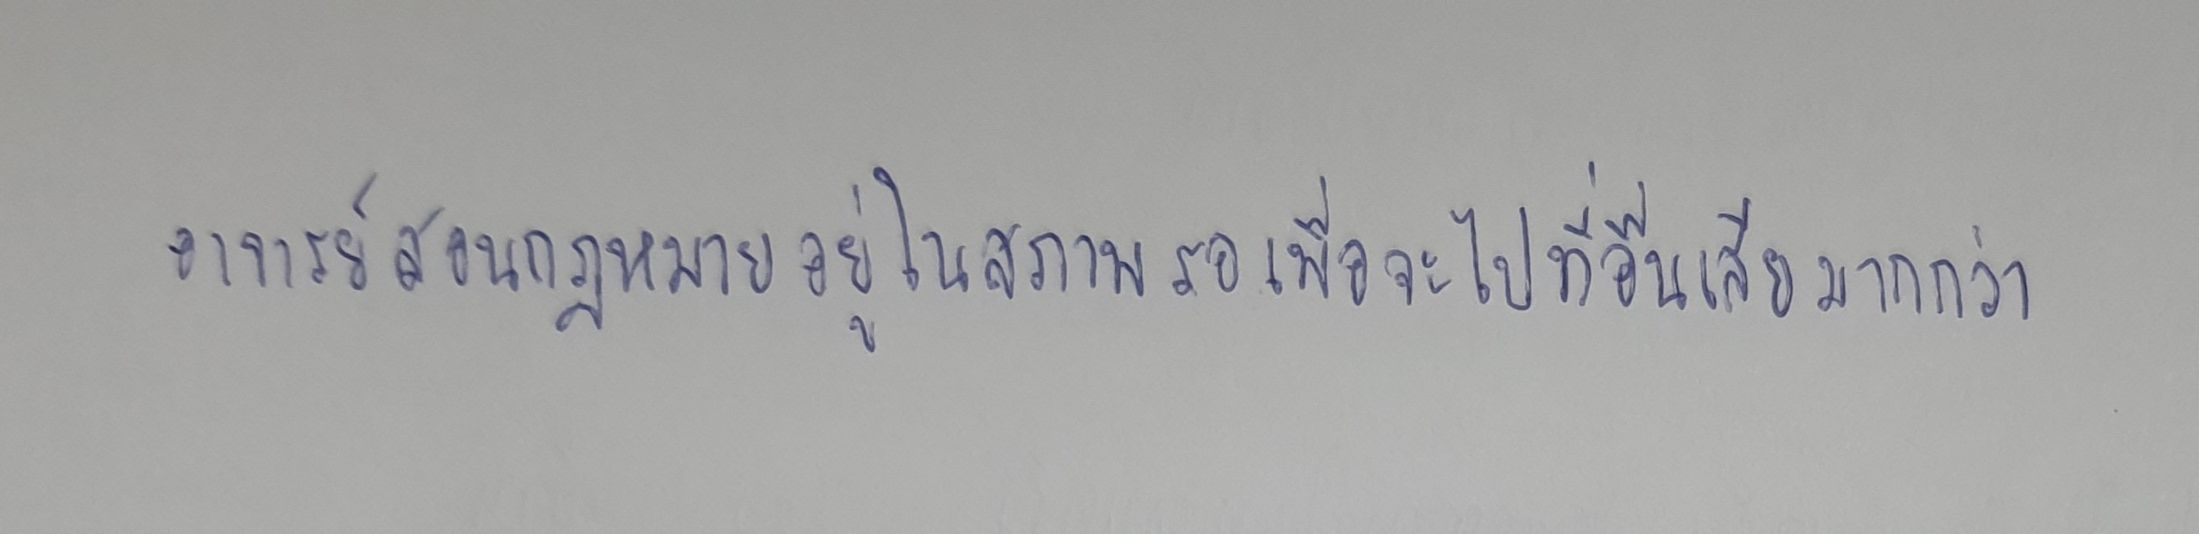
อาจารย์สอนกฎหมายอยู่ในสภาพรอเพื่อจะไปที่อื่นเสียมากกว่า